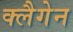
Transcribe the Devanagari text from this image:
क्लैगेन